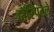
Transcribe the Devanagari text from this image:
हॉस्पिटले